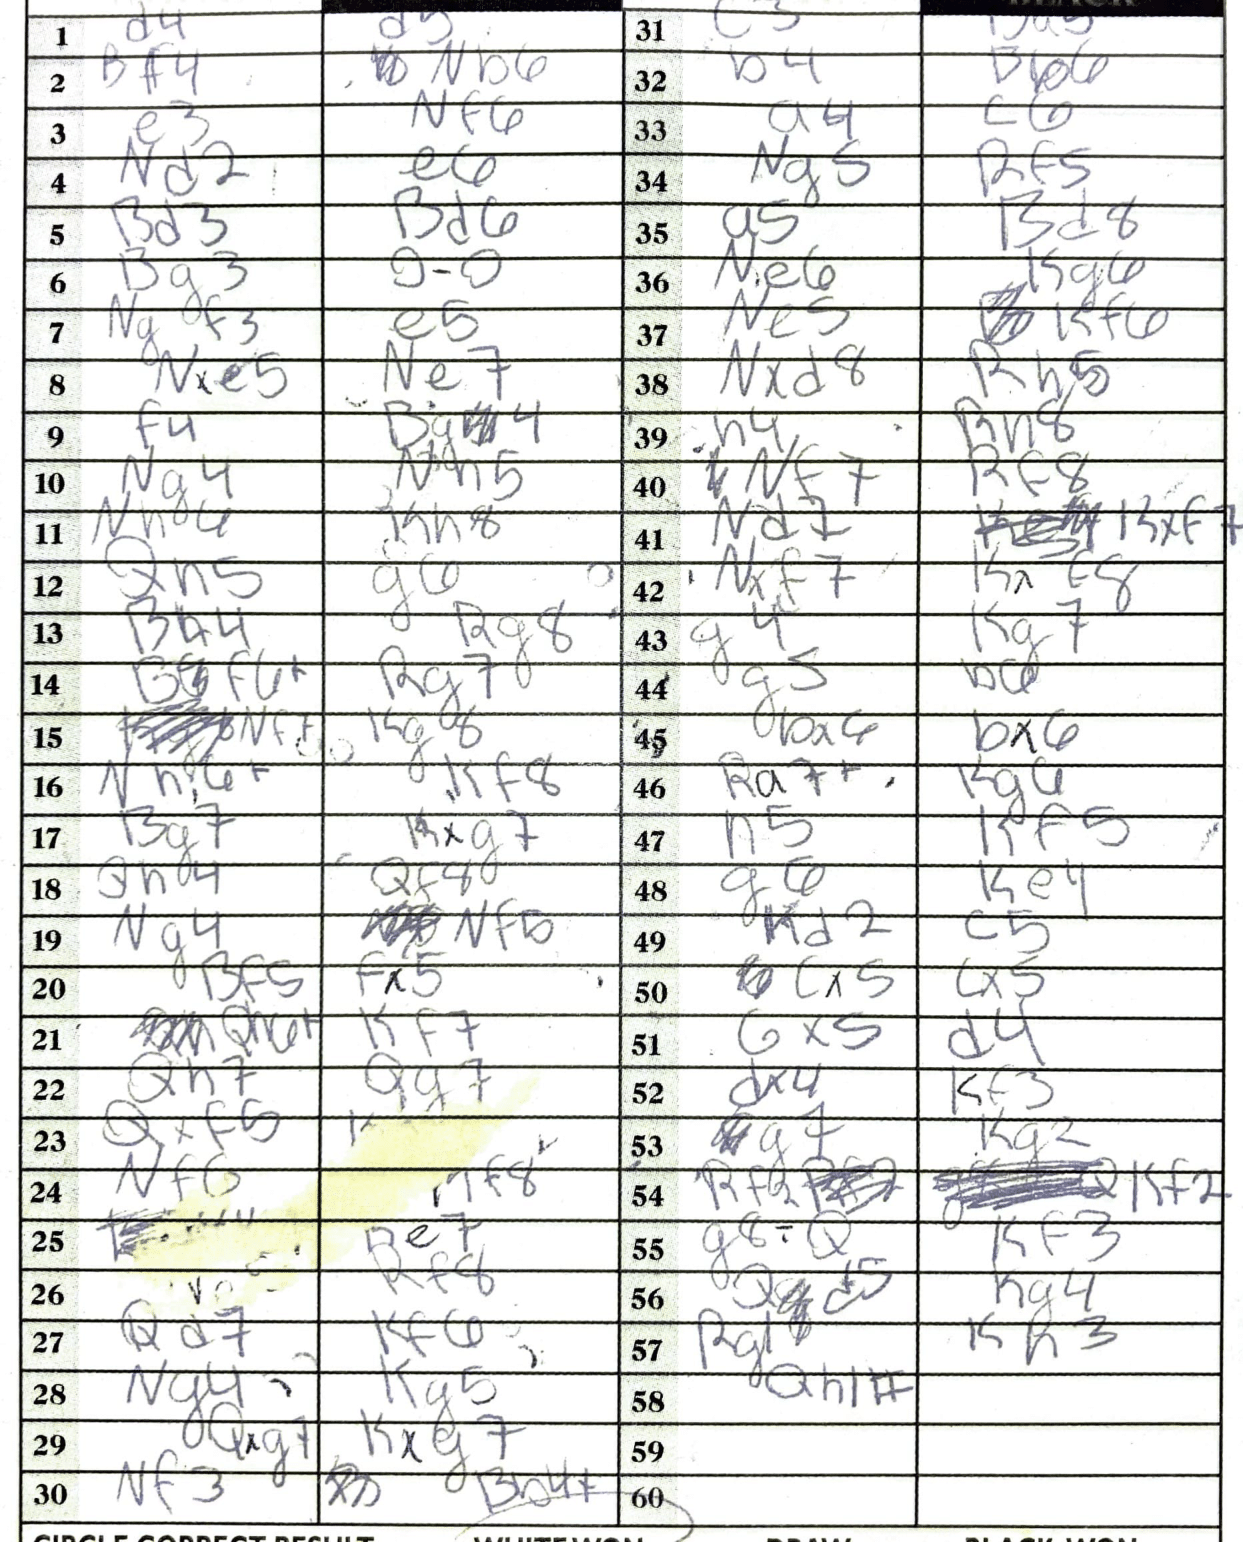
Moves: d4 d5 Bd4 Nb6 e3 Nf6 Nd2 e6 Bd3 Bd6 Bg3 O-O Ngf3 e5 Nxe5 Ne7 f4 Bg4 Ng4 Nh5 Nh4 Kh8 Qh5 g6 Bh4 Rg8 Bf6+ Rg7 Nf7 Kg8 Nh6+ Kf8 Bg7 Kxg7 Qh4 Qf8 Ng4 Nf5 Bf5 fh5 Qh6+ Kf7 Qh7 Qg7 Qxf5 Nf6 Rf8 Qd7 Kf6 Ng4 Kg5 Qxg7 Kxg7 Nf3 Bb4+ c5 b4 Bb6 a4 c6 Ng5 Rf5 a5 Bd8 Ne6 Kg6 Ne5 Kf6 Nxd8 Rh5 h4 Rh8 Nf7 Rf8 Nd7 Rxf7 Nxf7 Kxf8 g4 Kg7 g5 b6 bx6 bx6 Ra7+ Kg6 h5 Kf5 g6 Ke4 Kd2 c5 cx5 cx5 gx5 d4 dx4 Kf3 g7 Kg2 Rf2 Kf2 g8=Q Kf3 Qd5 Kg4 Rg1 Kh3 Qh1#